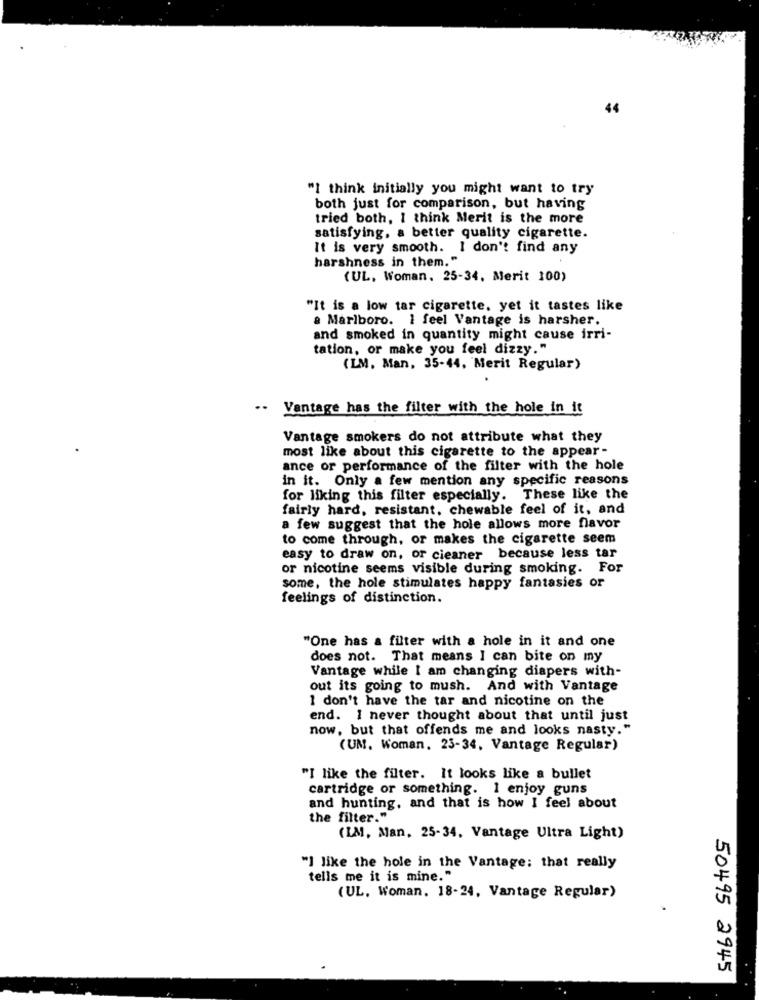
"I think initially you might want to try
both just for comparison, but having
tried both, I think Merit is the more
satisfying, a better quality cigarette.
It is very smooth. I don't find any
harshness in them."
(UL, Woman. 25-34, Merit 100)
"It is a low tar cigarette, yet it tastes like
a Marlboro. I feel Vantage is harsher.
and smoked in quantity might cause irri-
tation, or make you feel dizzy."
(LM. Man, 35-44, Merit Regular)
..
Vantage has the filter with the hole in it
Vantage smokers do not attribute what they
most like about this cigarette to the appear-
ance or performance of the filter with the hole
in it. Only a few mention any specific reasons
for liking this filter especially. These like the
fairly hard, resistant, chewable feel of it, and
a few suggest that the hole allows more flavor
to come through, or makes the cigarette seem
easy to draw on, or cieaner because less tar
or nicotine seems visible during smoking. For
some, the hole stimulates happy fantasies or
feelings of distinction.
"One has a fülter with a hole in it and one
does not. That means I can bite on my
Vantage while I am changing diapers with-
out its going to mush. And with Vantage
I don't have the tar and nicotine on the
end. I never thought about that until just
now, but that offends me and looks nasty."
(UM. Woman, 23-34, Vantage Regular)
"I like the filter. It looks like a bullet
cartridge or something. 1 enjoy guns
and hunting, and that is how I feel about
the filter."
(IM, Man, 25-34, Vantage Ultra Light)
"I like the hole in the Vantage; that really
tells me it is mine."
(UL. Woman. 18-24, Vantage Regular)
50495 2945